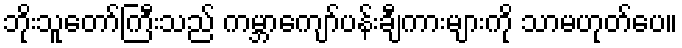
ဘိုးသူတော်ကြီးသည် ကမ္ဘာကျော်ပန်းချီကားများကို သာမဟုတ်ပေ။